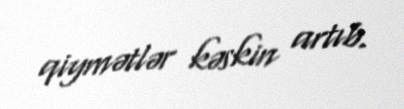
qiymətlər kəskin artıb.